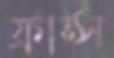
ফ্রান্স